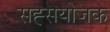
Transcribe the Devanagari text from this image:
सह्सयोजक